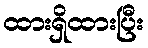
ထားရှိထားပြီး